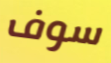
سوف